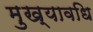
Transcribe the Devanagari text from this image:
मुख्यावधि